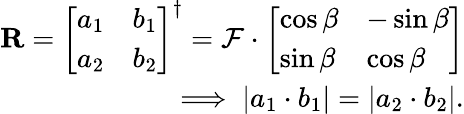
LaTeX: \begin{array}{r}{\mathbf{R}=\left[\begin{array}{ll}{a_{1}}&{b_{1}}\\ {a_{2}}&{b_{2}}\end{array}\right]^{\dagger}=\mathcal{F}\cdot\left[\begin{array}{ll}{\cos\beta}&{-\sin\beta}\\ {\sin\beta}&{\cos\beta}\end{array}\right]}\\ {\implies\lvert a_{1}\cdot b_{1}\rvert=\lvert a_{2}\cdot b_{2}\rvert.}\end{array}